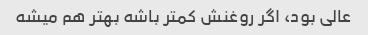
عالی بود، اگر روغنش کمتر باشه بهتر هم میشه